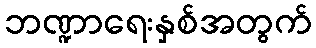
ဘဏ္ဍာရေးနှစ်အတွက်